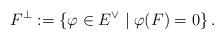
LaTeX: \begin{align*}F^{\perp}:=\left\lbrace \varphi \in E^{\vee} \mid \varphi(F)=0\right\rbrace.\end{align*}